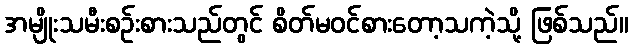
အမျိုးသမီးစဉ်းစားသည်တွင် စိတ်မဝင်စားတော့သကဲ့သို့ ဖြစ်သည်။